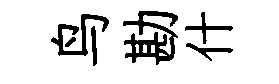
鸟勘什